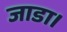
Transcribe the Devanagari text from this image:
जाडा।